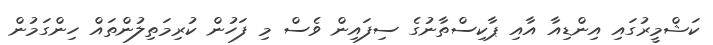
ކަޝްމީރުގައި އިންޑިއާ އާއި ޕާކިސްތާނުގެ ސިފައިން ވެސް މި ފަހުން ކުރިމަތިލުންތައް ހިންގަމުން